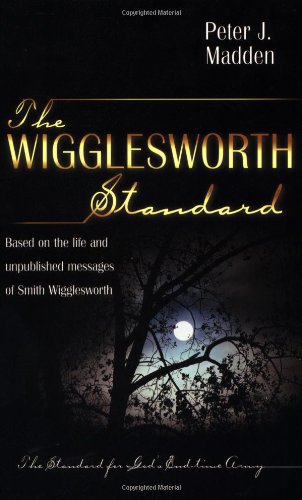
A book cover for The Wigglesworth Standard; Peter J. Madden; Christian Books & Bibles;